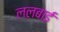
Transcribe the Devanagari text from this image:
ललबाई